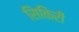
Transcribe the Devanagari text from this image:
सिकिरी